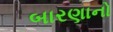
બારણાનો